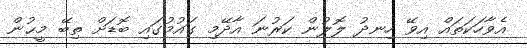
އެވާހަކަތައް އިވޭ ހިނދު ލޮލުން ކަރުނަ އާދޭމި ގައުމުގައި ބޮޑަށް ތިބޭ މީޙުން